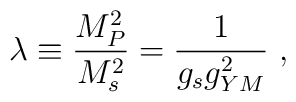
\lambda \equiv{{M_P^2 \over M_s^2}}={1 \over{g_s g_{YM}^2}} \ ,